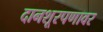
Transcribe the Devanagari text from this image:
दानशूरपणावर